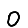
Digit: 0